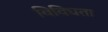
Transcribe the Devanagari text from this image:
विविघता